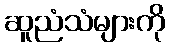
ဆူညံသံများကို